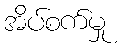
အိပ်စက်မှု